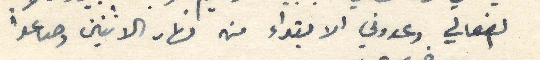
الفعالي وعدوني الابتداء من نهار الاثنين وصاعداُ